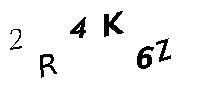
2R4K6Z